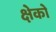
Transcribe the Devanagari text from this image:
क्षेको